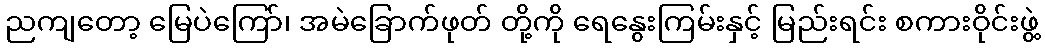
ညကျတော့ မြေပဲကြော်၊ အမဲခြောက်ဖုတ် တို့ကို ရေနွေးကြမ်းနှင့် မြည်းရင်း စကားဝိုင်းဖွဲ့